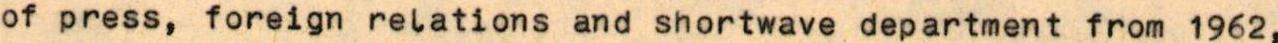
of press, foreign relations and shortwave department from 1962,